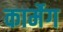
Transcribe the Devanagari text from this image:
कार्मेग